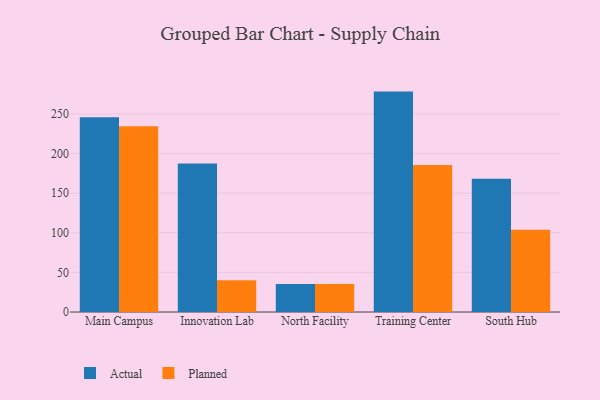
{"axis": {"x": "Campus", "y": "Bounce Rate (%)"}, "legend": ["Actual", "Planned"], "data": [{"x": "Main Campus", "y": 245.9, "type": "Actual"}, {"x": "Main Campus", "y": 234.5, "type": "Planned"}, {"x": "Innovation Lab", "y": 187.4, "type": "Actual"}, {"x": "Innovation Lab", "y": 40.2, "type": "Planned"}, {"x": "North Facility", "y": 35.2, "type": "Actual"}, {"x": "North Facility", "y": 35.5, "type": "Planned"}, {"x": "Training Center", "y": 278.2, "type": "Actual"}, {"x": "Training Center", "y": 185.7, "type": "Planned"}, {"x": "South Hub", "y": 168.1, "type": "Actual"}, {"x": "South Hub", "y": 103.8, "type": "Planned"}]}